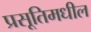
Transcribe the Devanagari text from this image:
प्रसूतिमधील